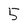
Character: 5